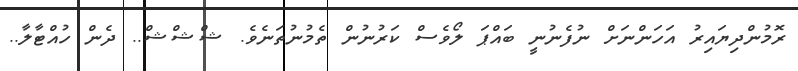
ރޮމުންދިޔައިރު އަހަންނަށް ނުފެނުނީ ބައްޕަ ލޯވެސް ކަރުނުން ތެމުނުތަނެވެ. ޝްޝްޝް.. ދެން ހުއްޓާލާ..